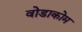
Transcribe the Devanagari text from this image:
वोडाकोम